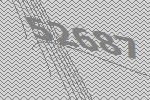
52687